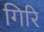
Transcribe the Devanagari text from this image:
गिरि